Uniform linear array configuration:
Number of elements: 8
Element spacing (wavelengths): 0.25
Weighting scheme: hamming
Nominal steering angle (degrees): -45
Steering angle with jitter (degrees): -46.822
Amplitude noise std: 0.05
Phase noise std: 0.05

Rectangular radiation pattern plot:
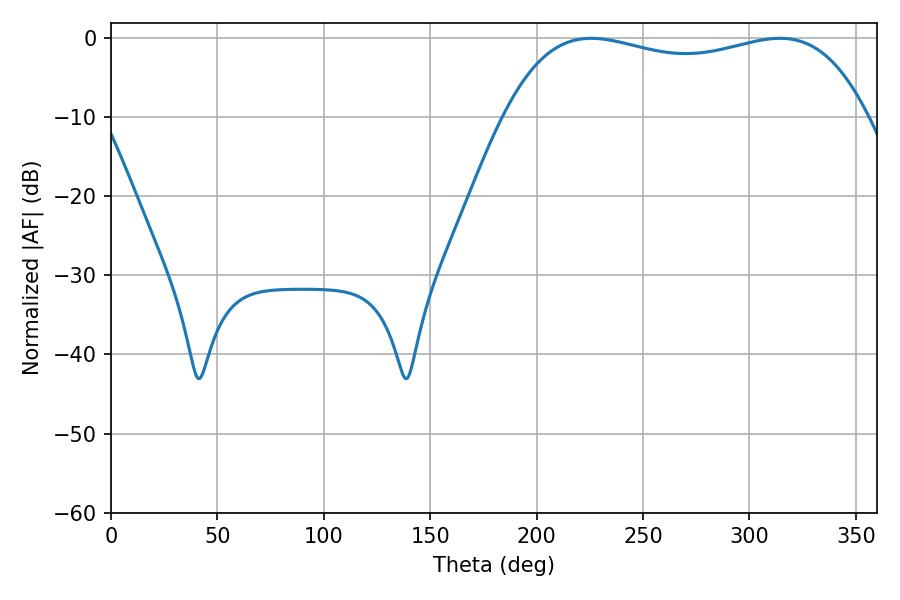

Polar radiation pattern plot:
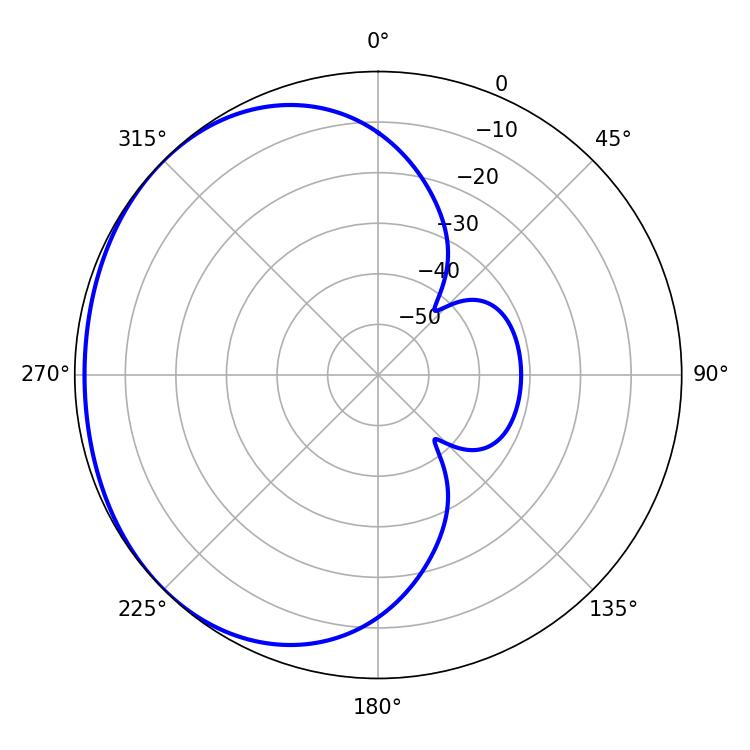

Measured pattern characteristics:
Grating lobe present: FALSE
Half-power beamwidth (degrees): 137.88
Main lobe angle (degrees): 225.72